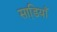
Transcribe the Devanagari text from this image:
साडि़याँ